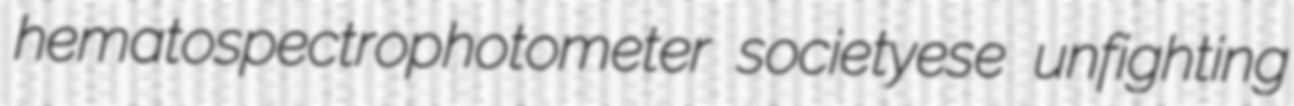
hematospectrophotometer societyese unfighting